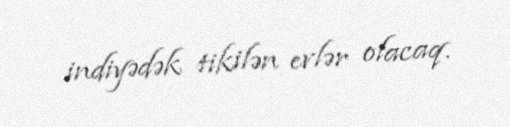
indiyədək tikilən evlər olacaq.